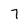
Character: 7